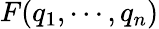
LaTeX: F(q_{1},\cdots,q_{n})